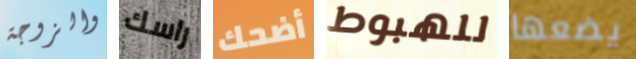
والزوجة راسك أضحك للهبوط يضعها